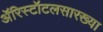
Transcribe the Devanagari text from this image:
ॲरिस्टॉटलसारख्या